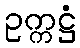
ဥက္ကဋ္ဌံ